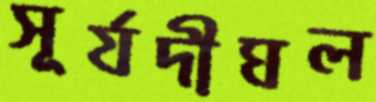
সূর্যদীঘল